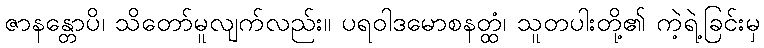
ဇာနန္တောပိ၊ သိတော်မူလျက်လည်း။ ပရဝါဒမောစနတ္ထံ၊ သူတပါးတို့၏ ကဲ့ရဲ့ခြင်းမှ